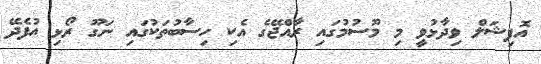
އޮފިޝަލް ވިދާޅުވީ މި މޫސުމުގައި ރާއްޖޭގެ އެކި ހިސާބުތަކުގައި ނަގޫ ރޯޅި އުފެދޭ